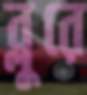
ব্লুরে